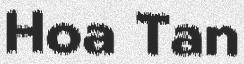
Hoa Tan